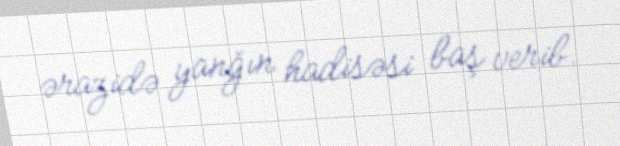
ərazidə yanğın hadisəsi baş verib.